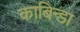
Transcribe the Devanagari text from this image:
काबिन्डा